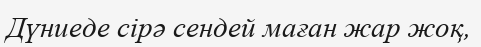
Дүниеде сірә сендей маған жар жоқ,